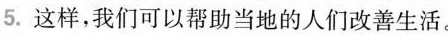
5.这样，我们可以帮助当地的人们改善生活。